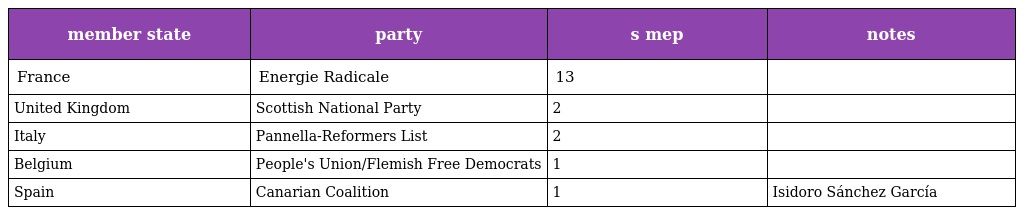
| member state | party | s mep | notes |
 | --- | --- | --- | --- |
 | France | Energie Radicale | 13 |  |
 | United Kingdom | Scottish National Party | 2 |  |
 | Italy | Pannella-Reformers List | 2 |  |
 | Belgium | People's Union/Flemish Free Democrats | 1 |  |
 | Spain | Canarian Coalition | 1 | Isidoro Sánchez García |